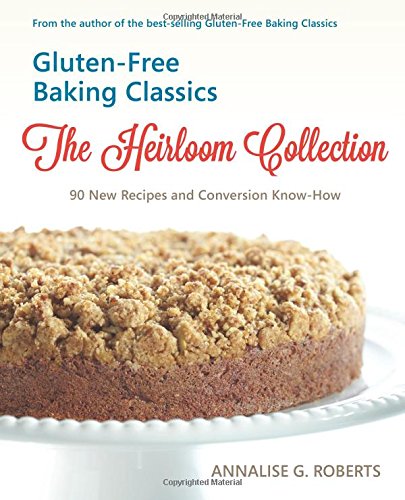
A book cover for Gluten-Free Baking Classics-The Heirloom Collection: 90 New Recipes and Conversion Know-How; Annalise G. Roberts; Cookbooks, Food & Wine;